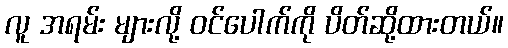
လူ အရမ်း များလို့ ဝင်ပေါက်ကို ပိတ်ဆို့ထားတယ်။